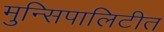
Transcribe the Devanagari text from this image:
मुन्सिपालिटीत